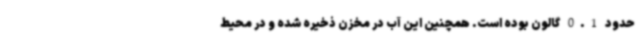
حدود 0.1 گالون بوده است. همچنین این آب در مخزن ذخیره شده و در محیط